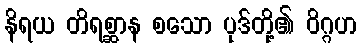
နိရယ တိရစ္ဆာန စသော ပုဒ်တို့၏ ဝိဂ္ဂဟ